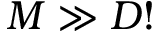
M \gg D !